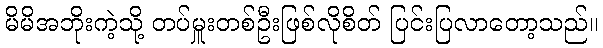
မိမိအဘိုးကဲ့သို့ တပ်မှူးတစ်ဦးဖြစ်လိုစိတ် ပြင်းပြလာတော့သည်။